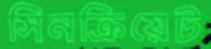
সিনক্রিয়েট